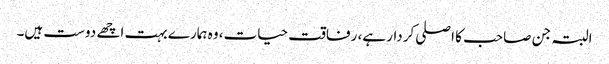
البتہ جن صاحب کا اصلی کردار ہے، رفاقت حیات، وہ ہمارے بہت اچھے دوست ہیں۔